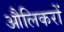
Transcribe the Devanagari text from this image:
औलिकरों